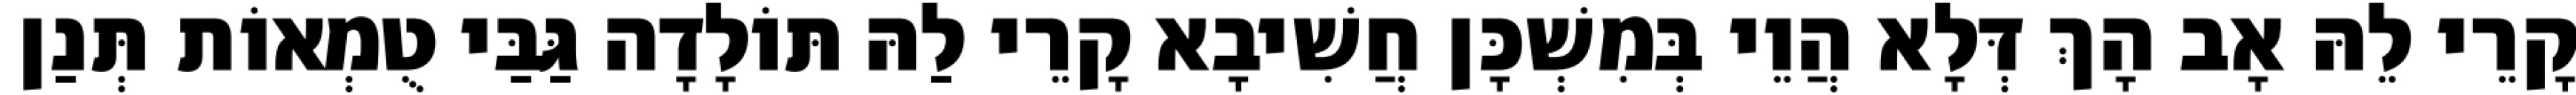
קָרֵי לֵהּ אָב הָךְ דְּלָא הֲוֵי בְּמִשְׁכָּן חֲשִׁיבָא קָרֵי לַהּ תּוֹלָדָה גַּבַּי טֻמְאוֹת תְּנַן